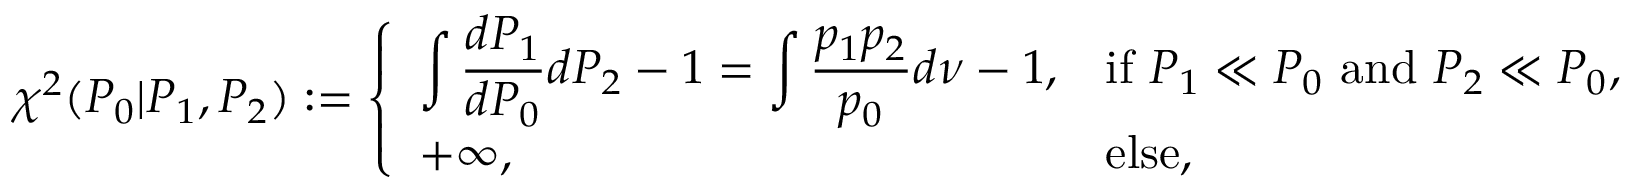
\begin{array} { r } { \chi ^ { 2 } ( P _ { 0 } | P _ { 1 } , P _ { 2 } ) : = \left\{ \begin{array} { l l } { \displaystyle \int \frac { d P _ { 1 } } { d P _ { 0 } } d P _ { 2 } - 1 = \int \frac { p _ { 1 } p _ { 2 } } { p _ { 0 } } d \nu - 1 , } & { \mathrm { i f ~ } P _ { 1 } \ll P _ { 0 } \mathrm { ~ a n d ~ } P _ { 2 } \ll P _ { 0 } , } \\ { + \infty , } & { \mathrm { e l s e , } } \end{array} \right. } \end{array}